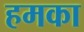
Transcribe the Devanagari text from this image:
हमका